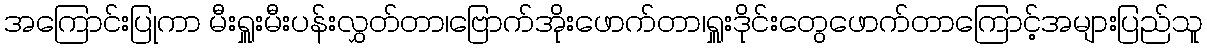
အကြောင်းပြုကာ မီးရှူးမီးပန်းလွှတ်တာ၊ဗြောက်အိုးဖောက်တာ၊ရှူးဒိုင်းတွေဖောက်တာကြောင့်အများပြည်သူ